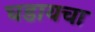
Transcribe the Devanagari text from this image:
घडायचा